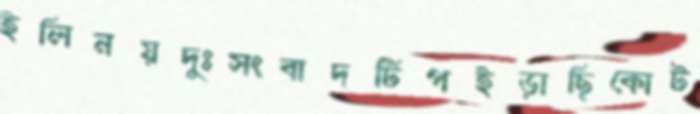
ইলিনয়দুঃসংবাদটিপইড়াছিকোট